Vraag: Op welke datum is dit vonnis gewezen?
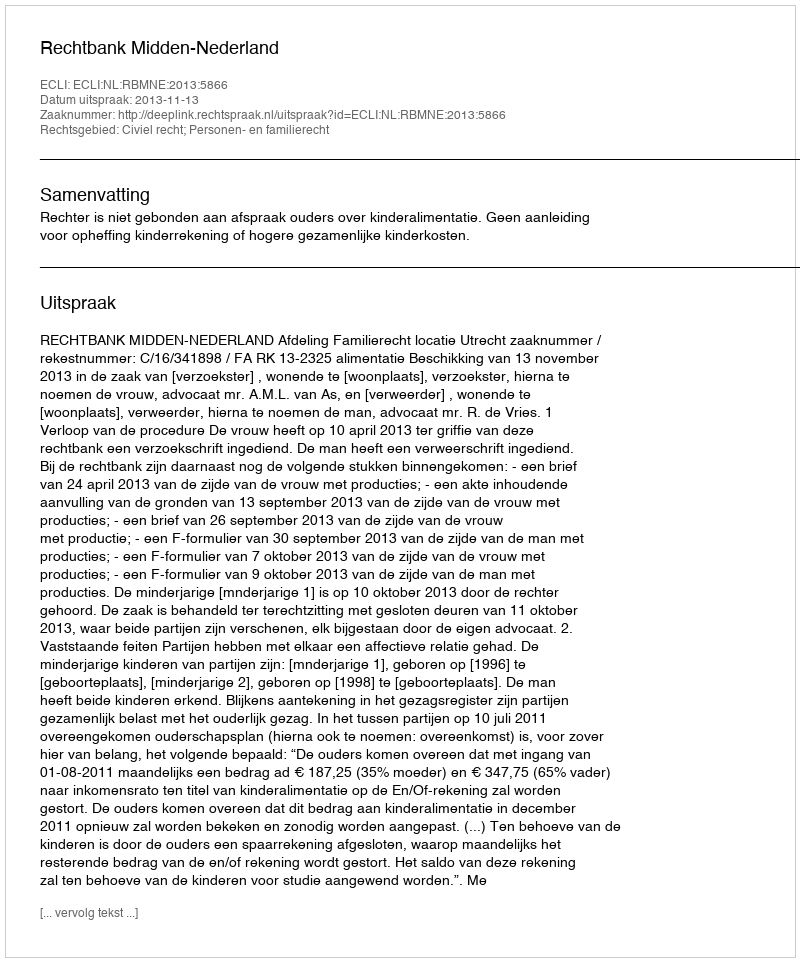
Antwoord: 2013-11-13